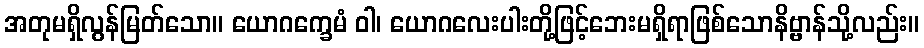
အတုမရှိလွန်မြတ်သော။ ယောဂက္ခေမံ ဝါ၊ ယောဂလေးပါးတို့ဖြင့်ဘေးမရှိရာဖြစ်သောနိဗ္ဗာန်သို့လည်း။